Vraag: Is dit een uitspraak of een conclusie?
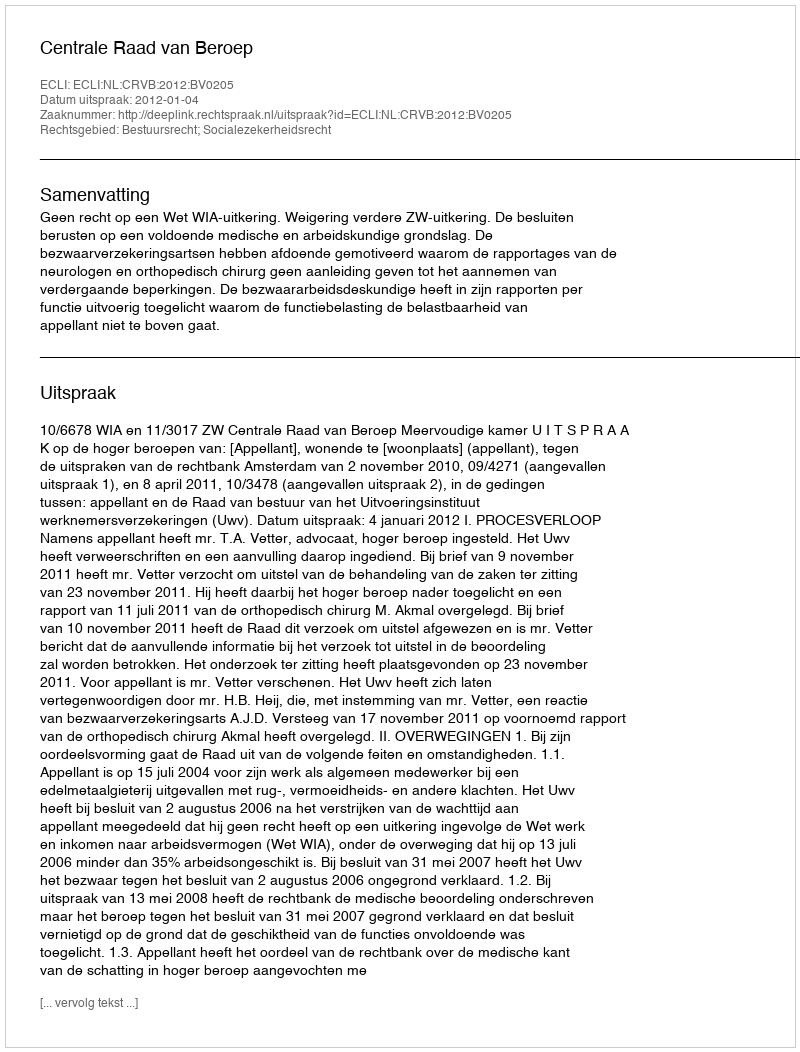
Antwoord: Uitspraak